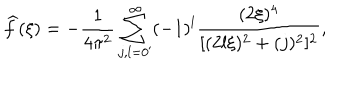
LaTeX: \widehat { f } ( \xi ) = - \frac { 1 } { 4 \pi ^ { 2 } } \sum _ { j , l = 0 ^ { \prime } } ^ { \infty } ( - 1 ) ^ { l } \frac { ( 2 \xi ) ^ { 4 } } { [ ( 2 l \xi ) ^ { 2 } + ( j ) ^ { 2 } ] ^ { 2 } } ,